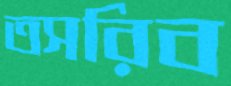
তসরিব